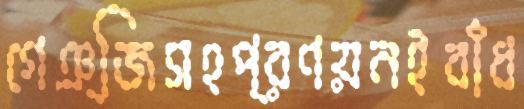
গেঞ্জিসহপ্রণয়নইবাঁধ